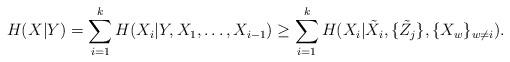
LaTeX: \begin{align*}H(X|Y) = \sum_{i=1}^{k} H(X_i|Y,X_1,\ldots,X_{i-1}) \geq \sum_{i=1}^{k}H(X_i|\tilde{X}_i,\{\tilde{Z}_j\},\{X_w\}_{w \neq i}). \end{align*}